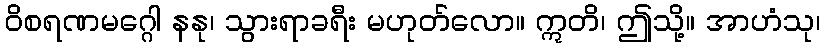
ဝိစရဏမဂ္ဂေါ နနု၊ သွားရာခရီး မဟုတ်လော။ ဣတိ၊ ဤသို့။ အာဟံသု၊